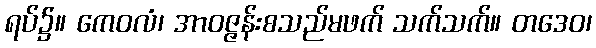
ရပ်၌။ ကေဝလံ၊ အာဝဇ္ဇန်းစသည်မဖက် သက်သက်။ တဒေဝ၊